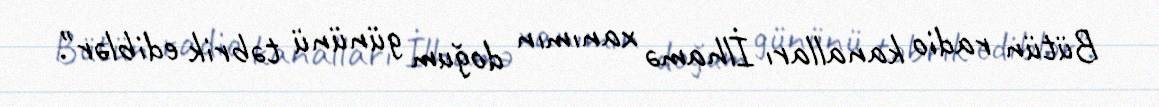
Bütün radio kanalları İlhamə xanımın doğum gününü təbrik ediblər".